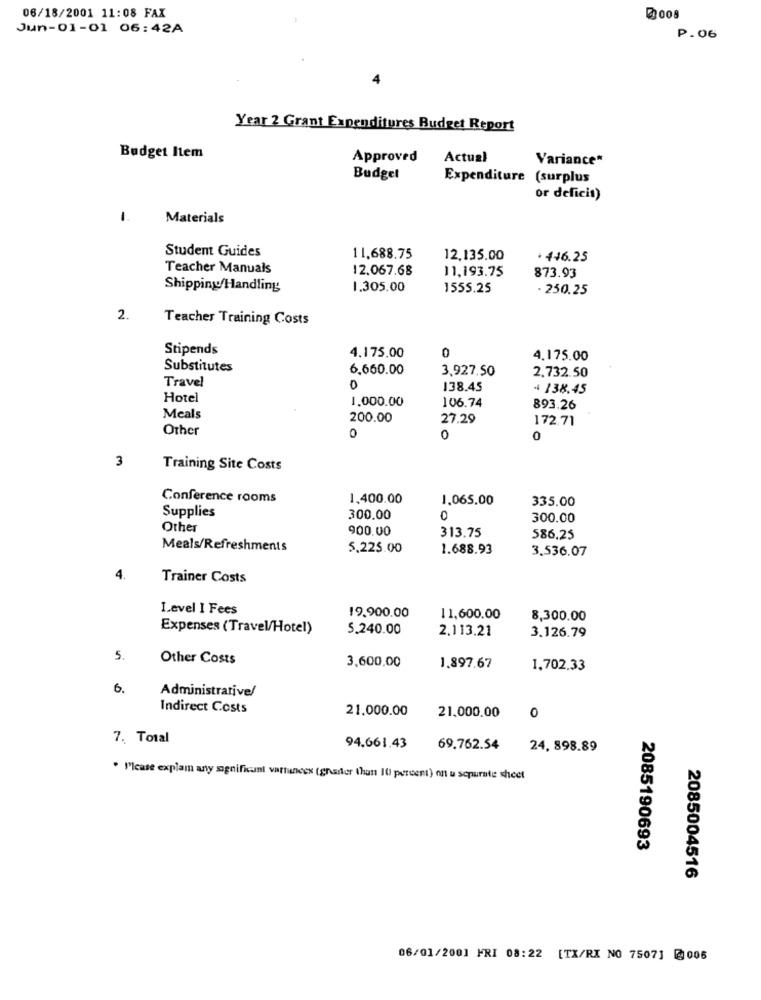
06/18/2001 11:08 FAX
@008
Jun-01-01 06:42A
P.06
Year 2 Grant Expenditures Budget Report
Budget Item
Approved
Actual
Variance*
Budget
Expenditure (surplus
or deficit)
1.
Materials
Student Guides
11.688.75
12,135.00
+ 446.25
Teacher Manuals
12.067.68
11,193.75
873.93
Shipping Handling
1.305.00
1555.25
- 250.25
2.
Teacher Training Costs
Stipends
4.175,00
0
4.175.00
Substitutes
6.660.00
3,927.50
2.732.50
Travel
0
138.45
* 138.45
Hotel
1.000.00
106.74
893.26
Meals
200.00
27.29
172.71
Other
0
0
0
3
Training Site Costs
Conference rooms
1,400.00
1.065.00
335.00
Supplies
300.00
0
300.00
Other
900.00
313.75
586.25
Meals/Refreshments
5.225.00
1.688.93
3.536.07
4.
Trainer Costs
Level I Fees
19.900.00
11,600.00
8,300.00
Expenses (Travel/Hotel)
5.240.00
2.113.21
3.126.79
5.
Other Costs
3,600,00
1.897.67
1,702,33
6.
Administrative/
Indirect Costs
21.000.00
0
21,000.00
7. Total
94.661.43
69.762.54
24, 898.89
. M'Icase explam any significant vartunces (grader thun 10 percent) on u scpurate sheet
2085190693
2085004516
06/01/2001 FRI 08:22 [TX/RX NO 7507] @006